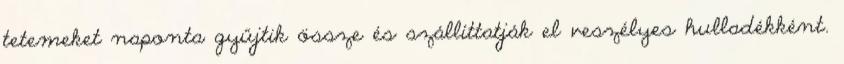
tetemeket naponta gyűjtik össze és szállíttatják el veszélyes hulladékként.